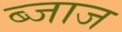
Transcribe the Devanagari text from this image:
ब्जाज